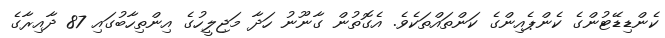
ކެންޑިޑޭޓުންގެ ކެންޕެއިންގެ ކަންތައްތަކެވެ. އެގޮތުން ގާނޫނު ހަދާ މަޖިލީހުގެ އިންތިހާބުގައި 87 ދާއިރާގެ